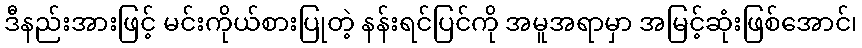
ဒီနည်းအားဖြင့် မင်းကိုယ်စားပြုတဲ့ နန်းရင်ပြင်ကို အမူအရာမှာ အမြင့်ဆုံးဖြစ်အောင်၊